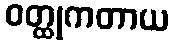
ဝတ္ထုကတာယ